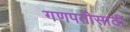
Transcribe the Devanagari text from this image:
गणपतीसाठी